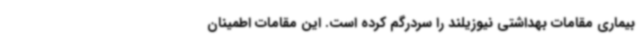
بیماری مقامات بهداشتی نیوزیلند را سردرگم کرده است. این مقامات اطمینان